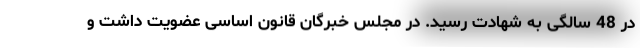
در 48 سالگی به شهادت رسید. در مجلس خبرگان قانون اساسی عضویت داشت و